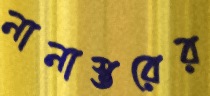
নানাস্তরের